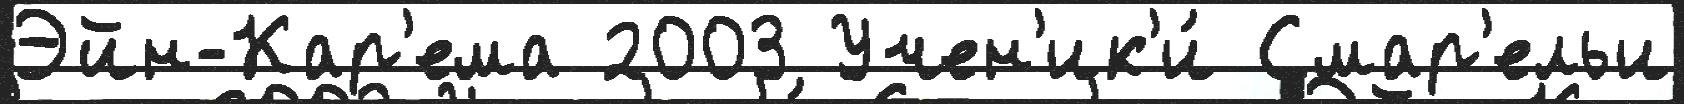
Эйн-Кар'ема 2003 Учен'ик'и́ Смар'ельи